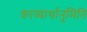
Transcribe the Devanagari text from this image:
काव्यार्थानुमिति